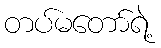
တပ်မတော်ရဲ့